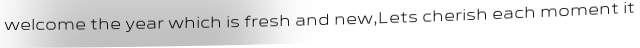
welcome the year which is fresh and new,Lets cherish each moment it